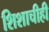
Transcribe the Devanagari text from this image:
शिशाचीही